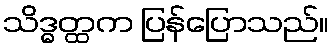
သိဒ္ဓတ္ထက ပြန်ပြောသည်။